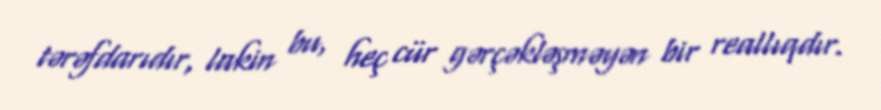
tərəfdarıdır, lakin bu, heç cür gərçəkləşməyən bir reallıqdır.